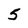
Character: 5